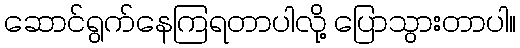
ဆောင်ရွက်နေကြရတာပါလို့ ပြောသွားတာပါ။